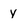
Character: y